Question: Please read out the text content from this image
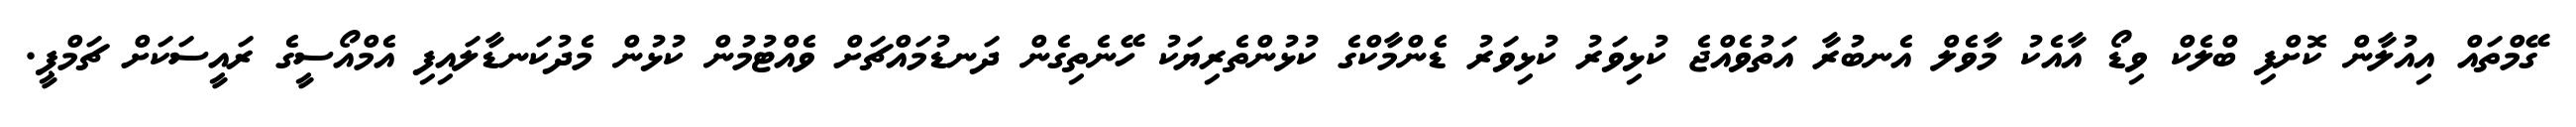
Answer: ގޭމްތައް އިއުލާން ކޮށްފި ބްލެކް ވިޑޯ އާއެކު މާވެލް އެނބުރާ އަތުވެއްޖެ ކުޅިވަރު ކުޅިވަރު ޑެންމާކްގެ ކުޅުންތެރިޔަކު ހޭނެތިގެން ދަނޑުމައްޗަށް ވެއްޓުމުން ކުޅުން މެދުކަނޑާލައިފި އެމްއޯސީގެ ރައީސަކަށް ޗަމްޕީ.